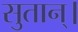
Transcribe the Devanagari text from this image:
सुतान्।